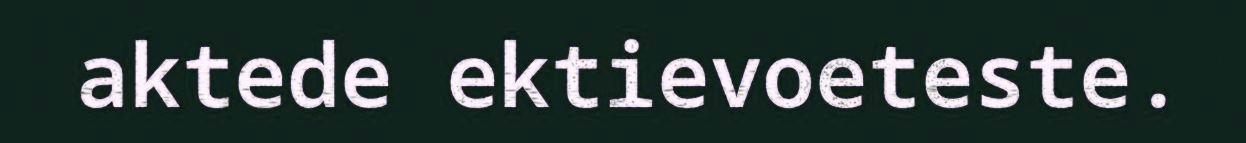
aktede ektievoeteste.